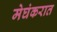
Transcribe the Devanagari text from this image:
मेघंकरात